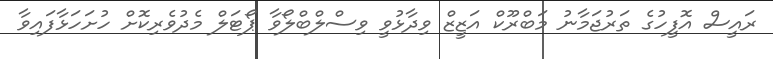
ރައީސް އޮފީހުގެ ތަރުޖަމާނު މަބްރޫކް އަޒީޒް ވިދާޅުވީ ވިސްލްބްލޯވާ ޕޯޓަލް މެދުވެރިކޮށް ހުށަހަޅާފައިވާ